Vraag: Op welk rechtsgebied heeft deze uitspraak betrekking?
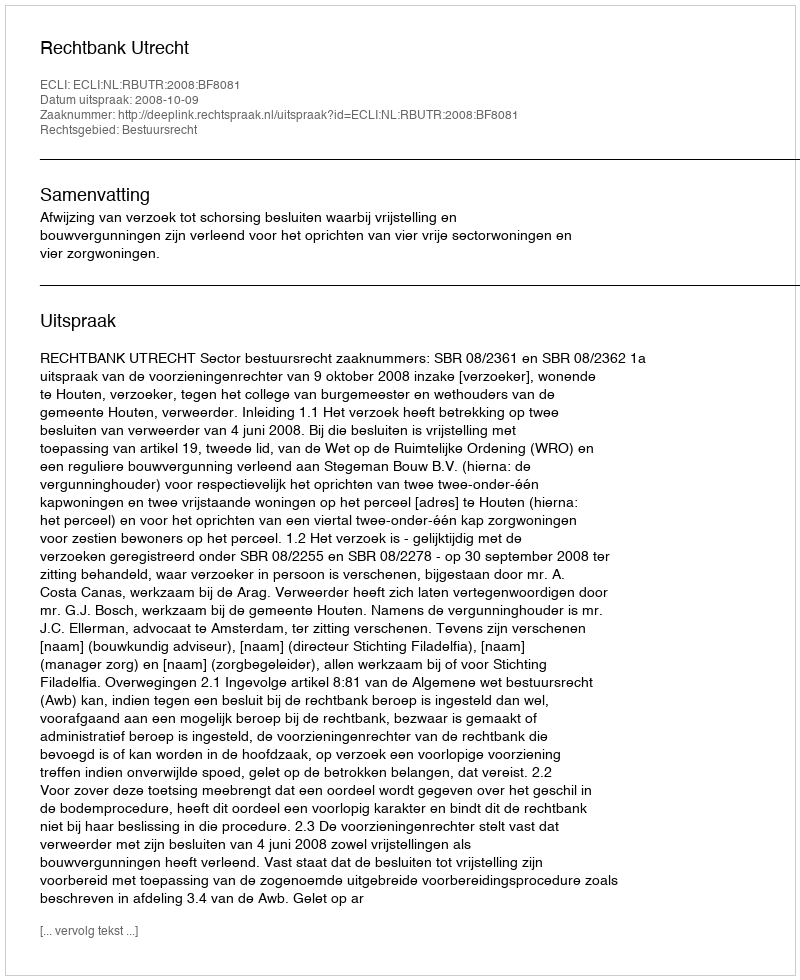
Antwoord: Bestuursrecht